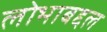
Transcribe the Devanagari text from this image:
लोभाबद्दल